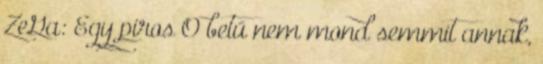
ZeGa: Egy piros O betű nem mond semmit annak,